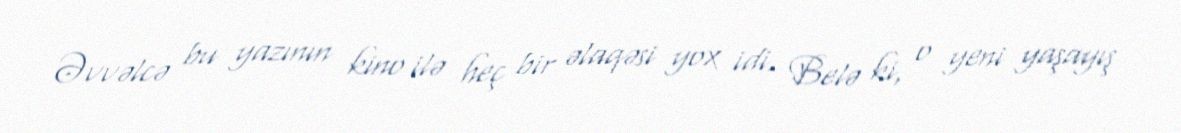
Əvvəlcə bu yazının kino ilə heç bir əlaqəsi yox idi. Belə ki, o yeni yaşayış